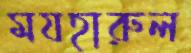
মযহারুল